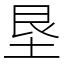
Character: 垦